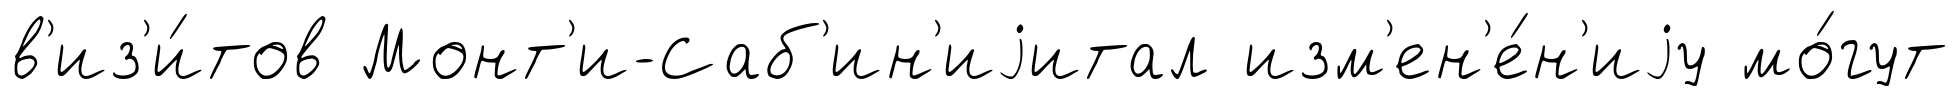
в'из'и́тов Монт'и-Саб'ин'иjитал изм'ен'е́н'иjу мо́гут